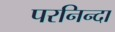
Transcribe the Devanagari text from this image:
परनिन्दा